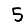
Digit: 5